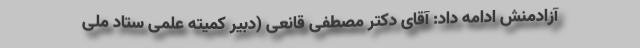
آزادمنش ادامه داد: آقای دکتر مصطفی قانعی (دبیر کمیته علمی ستاد ملی